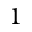
1